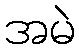
အမဲ